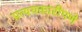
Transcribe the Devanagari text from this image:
प्रत्ययकारीपणे